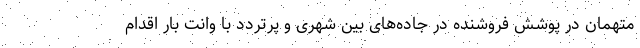
متهمان در پوشش فروشنده در جاده‌های بین شهری و پرتردد با وانت بار اقدام